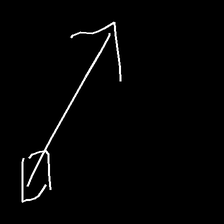
Glyph: focus